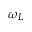
\omega _ { L }